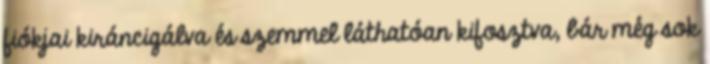
fiókjai kiráncigálva és szemmel láthatóan kifosztva, bár még sok